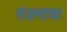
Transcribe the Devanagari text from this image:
रंजनाचा